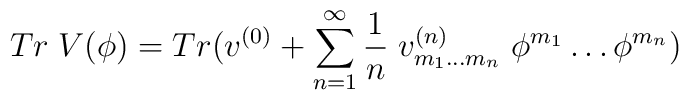
Tr \; V(\phi ) = Tr (v^{(0)} + \sum_{n=1}^{\infty} \frac{1}{n} \; v^{(n)}_{m_{1} \ldots m_{n}} \; \phi^{m_{1}} \ldots \phi^ {m_{n}} )